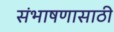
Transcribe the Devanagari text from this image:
संभाषणासाठी